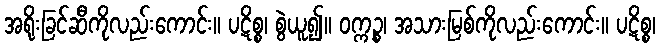
အရိုးခြင်ဆီကိုလည်းကောင်း။ ပဋိစ္စ၊ စွဲယူ၍။ ဝက္ကဉ္စ၊ အသားမြစ်ကိုလည်းကောင်း။ ပဋိစ္စ၊